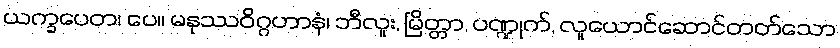
ယက္ခပေတ၊ ပေ။ မနုဿဝိဂ္ဂဟာနံ၊ ဘီလူး, မြိတ္တာ, ပဏ္ဍုက်, လူယောင်ဆောင်တတ်သော